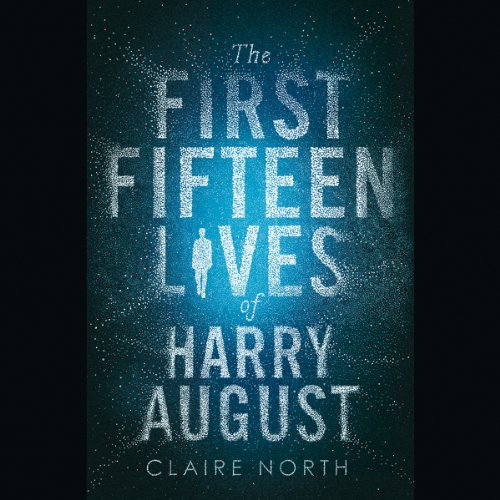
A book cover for The First Fifteen Lives of Harry August; Claire North; Literature & Fiction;